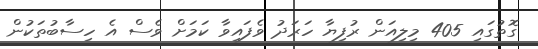
ގޮތުގައި 405 މިލިއަން ރުފިޔާ ހަރަދު ވެފައިވާ ކަމަށް ވެސް އެ ހިސާބުތަކުން